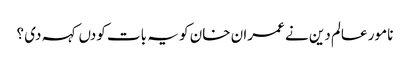
نامور عالم دین نے عمران خان کو یہ بات کودں کہہ دی ؟